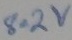
Text: 8.2V